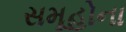
સમૂહોના